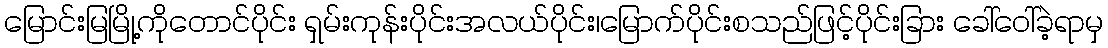
မြောင်းမြမြို့ကိုတောင်ပိုင်း ရှမ်းကုန်းပိုင်းအလယ်ပိုင်း၊မြောက်ပိုင်းစသည်ဖြင့်ပိုင်းခြား ခေါ်ဝေါ်ခဲ့ရာမှ